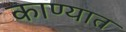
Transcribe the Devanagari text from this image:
काण्यात